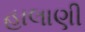
હાલાણી